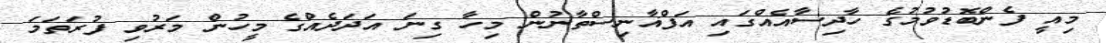
މިއީ ފެންބޮޑުވުމުގެ ހާދިސާއެއްގައި އަފްޣާނިސްތާނުން މިހާ ގިނަ އަދަދެއްގެ މީހުން މަރުވި ފުރަތަމަ